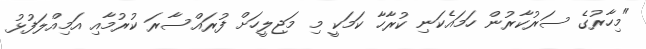
"މިހާރުގެ ސަރުކާރުން ހަމައެކަނި ކުރާހާ ކަމަކީ މި މަޖިލީހަށް ފުރައްސާރަ ކުރުމާއި އަމިއްލަފުޅު